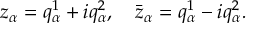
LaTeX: \tilde { G } ^ { i j } = G ^ { + i j } - G ^ { - i j }